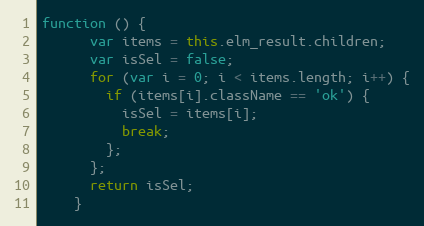
Language: JavaScript
function () {
      var items = this.elm_result.children;
      var isSel = false;
      for (var i = 0; i < items.length; i++) {
        if (items[i].className == 'ok') {
          isSel = items[i];
          break;
        };
      };
      return isSel;
    }